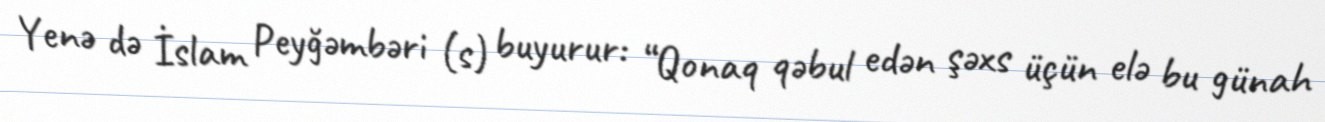
Yenə də İslam Peyğəmbəri (s) buyurur: “Qonaq qəbul edən şəxs üçün elə bu günah